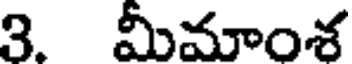
3. మీమాంశ